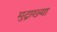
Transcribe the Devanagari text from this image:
मुद्राख्या